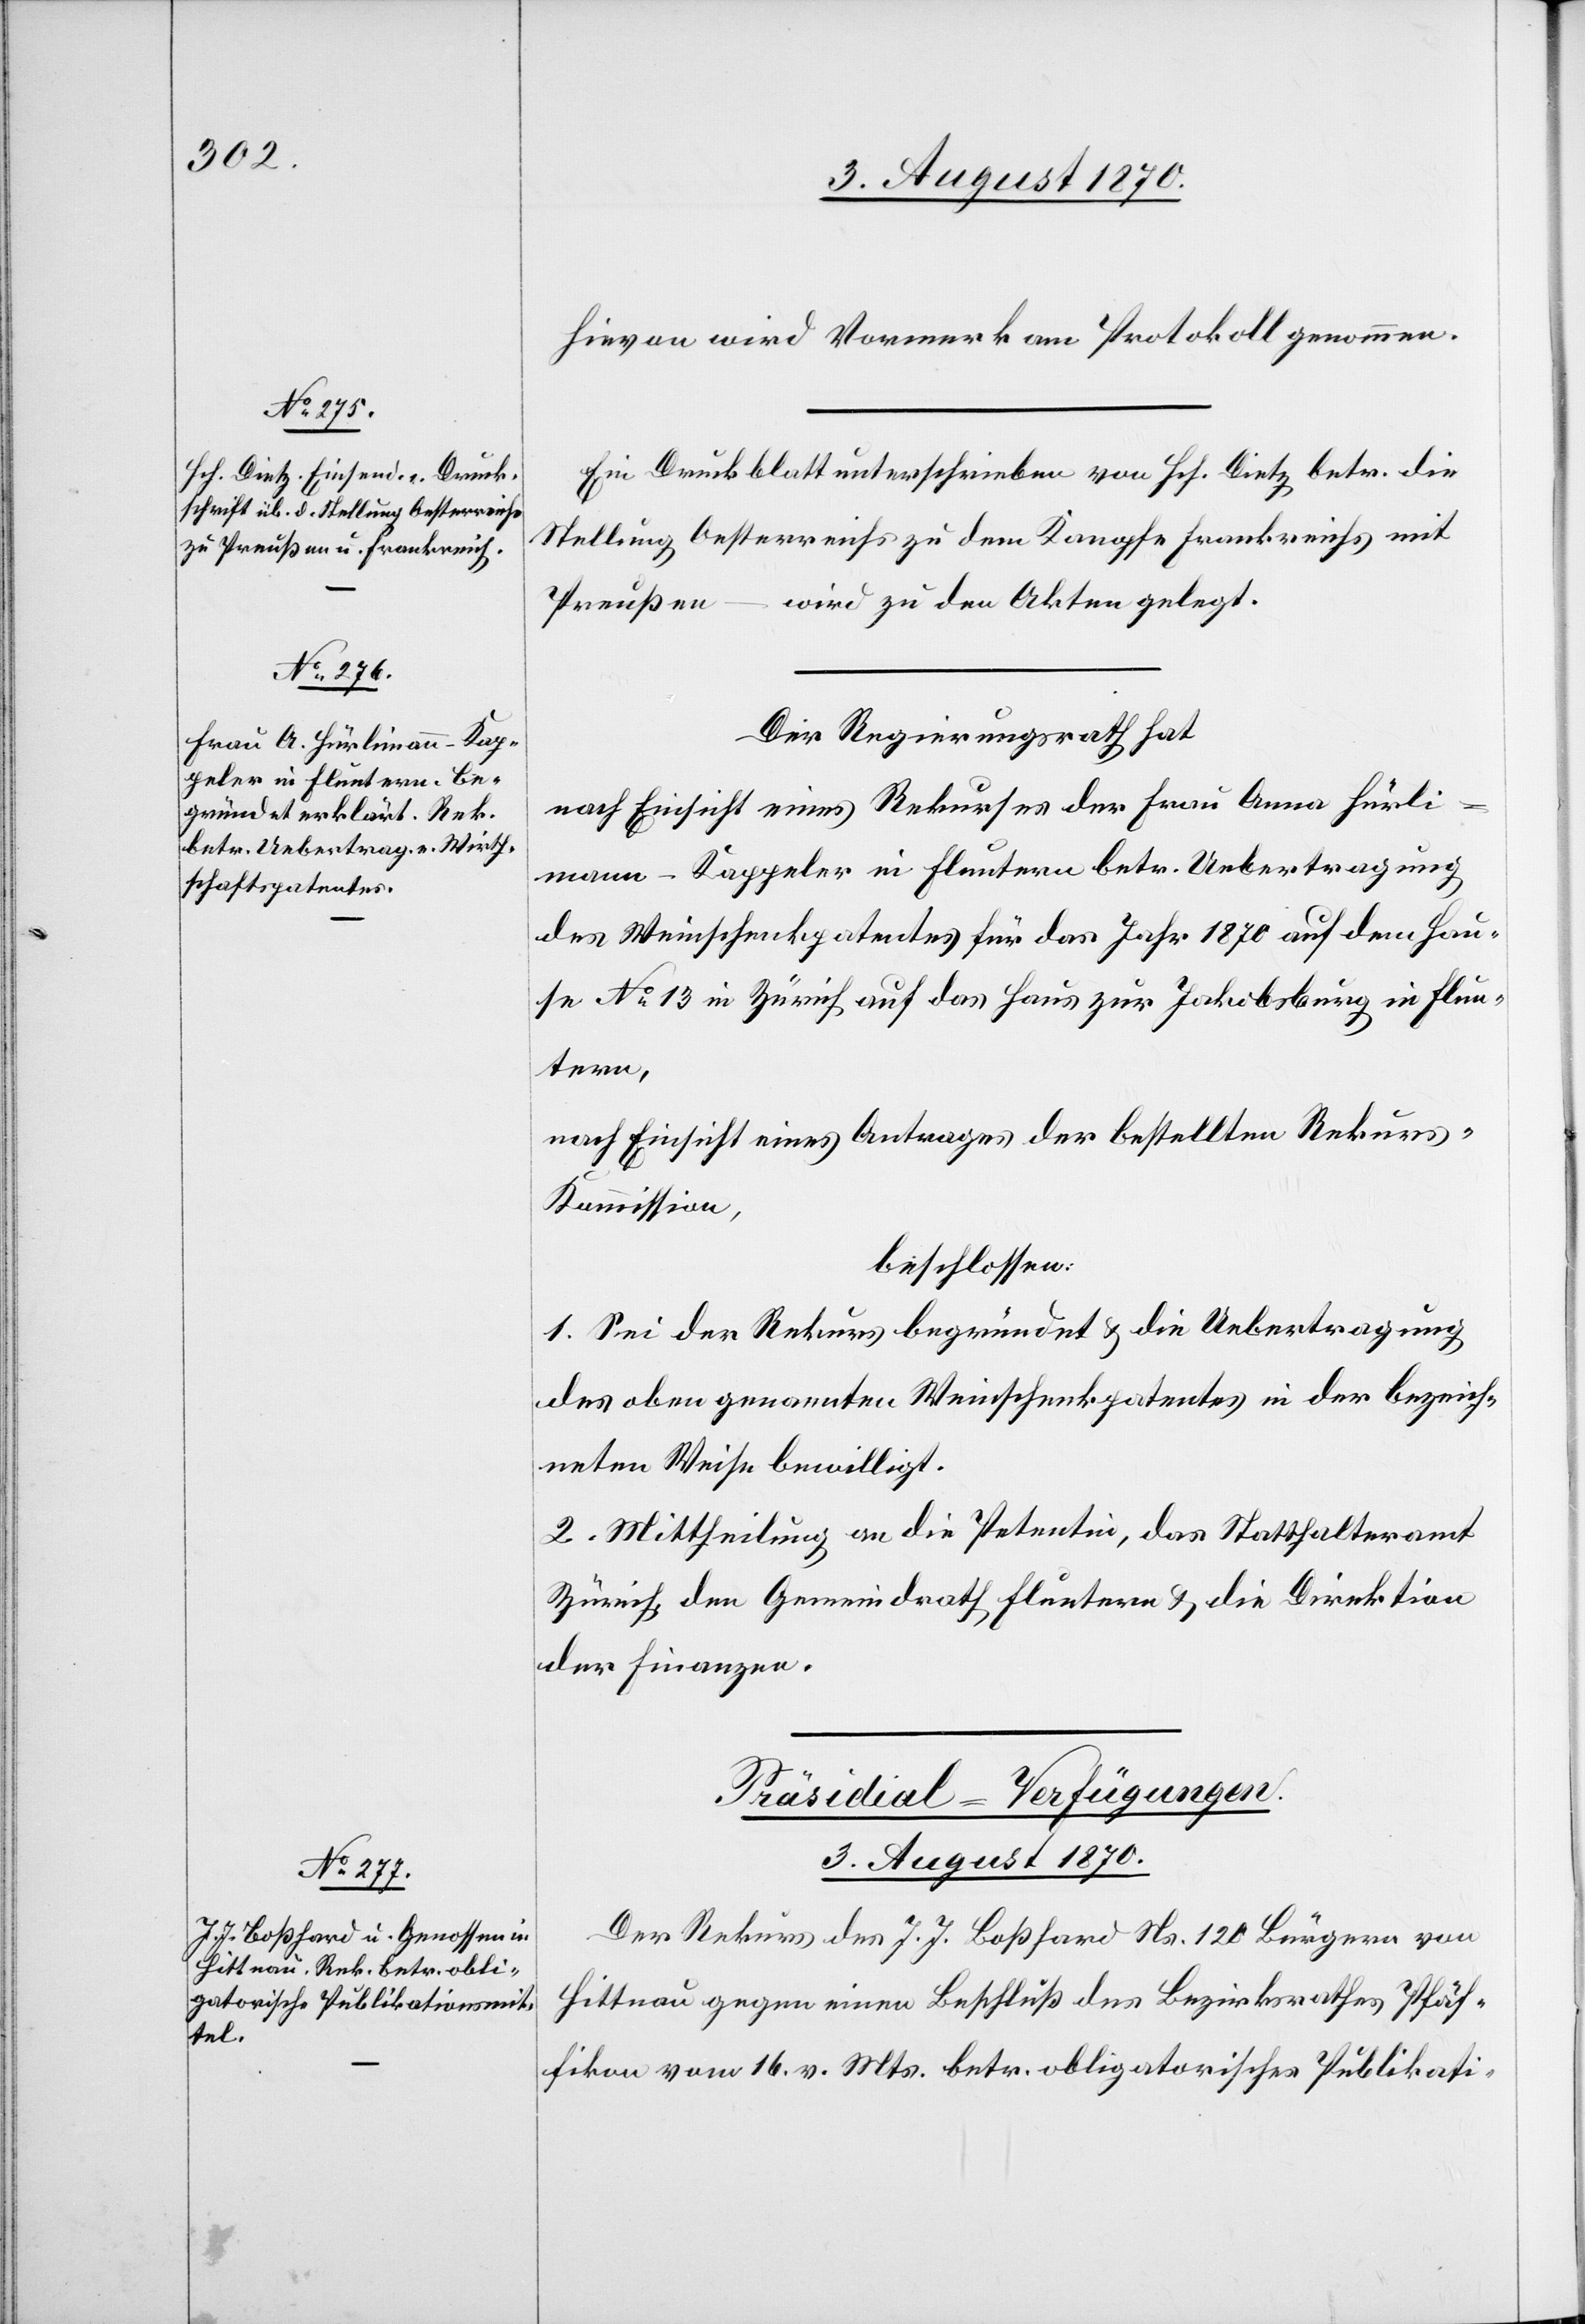
Hievon wird Vormerk am Protokoll genommen.
Ein Druckblatt unterschrieben von Hch. Dietz betr. die
Stellung Oesterreichs zu dem Kampfe Frankreichs mit
Preußen – wird zu den Akten gelegt.
Der Regierungsrath hat
nach Einsicht eines Rekurses der Frau Anna Hürli¬
mann-Kappeler in Fluntern betr. Uebertragung
des Weinschenkpatentes für das Jahr 1870 auf dem Hau¬
se No 13 in Zürich auf das Haus zur Jakobsburg in Flun¬
tern,
nach Einsicht eines Antrages der bestellten Rekurs¬
kommission,
beschlossen:
1. Sei der Rekurs begründet & die Uebertragung
des oben genannten Weinschenkpatentes in der bezeich¬
neten Weise bewilligt.
2. Mittheilung an die Petentin, das Statthalteramt
Zürich, den Gemeindrath Fluntern & die Direktion
der Finanzen.
Präsidial-Verfügungen.
3. August 1870.
Der Rekurs des J. J. Boßhard Ns. 120 Bürgern von
Hittnau gegen einen Beschluß des Bezirksrathes Pfäf¬
fikon vom 16. v. Mts. betr. obligatorische Publikati-